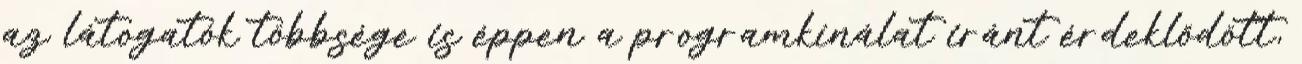
az látogatók többsége is éppen a programkínálat iránt érdeklődött,